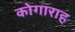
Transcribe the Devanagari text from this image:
कोगाराह